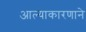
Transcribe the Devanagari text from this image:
आल्याकारणाने